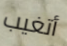
أتغيب